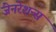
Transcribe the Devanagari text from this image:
जेनरेशन्स